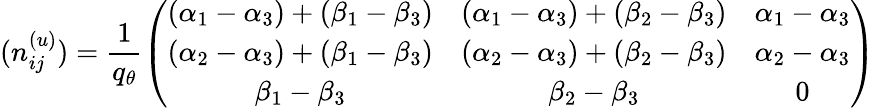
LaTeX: (n_{ij}^{(u)})=\frac{1}{q_{\theta}}\left(\begin{array}{ccc}{{(\alpha_{1}-\alpha_{3})+(\beta_{1}-\beta_{3})}}&{{(\alpha_{1}-\alpha_{3})+(\beta_{2}-\beta_{3})}}&{{\alpha_{1}-\alpha_{3}}}\\ {{(\alpha_{2}-\alpha_{3})+(\beta_{1}-\beta_{3})}}&{{(\alpha_{2}-\alpha_{3})+(\beta_{2}-\beta_{3})}}&{{\alpha_{2}-\alpha_{3}}}\\ {{\beta_{1}-\beta_{3}}}&{{\beta_{2}-\beta_{3}}}&{{0}}\end{array}\right)